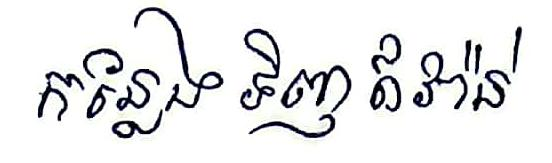
កន្លែង ទិញឥវ៉ាន់